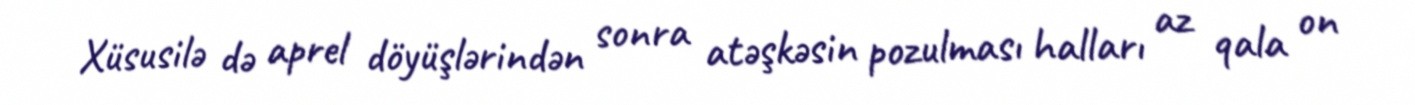
Xüsusilə də aprel döyüşlərindən sonra atəşkəsin pozulması halları az qala on